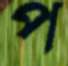
প